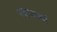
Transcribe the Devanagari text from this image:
पश्चात्कर्म